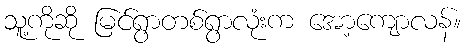
သူ့ကိုဆို မြင်ရွာတစ်ရွာလုံးက အော့ကျောလန်။